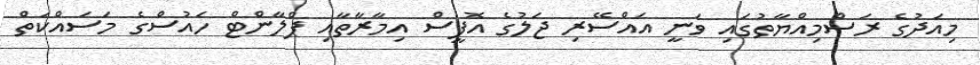
މިއަދުގެ ރަސްމިއްޔާތުގައި ވަނީ އައްސޭރި ޖަލުގެ އޮފީސް އިމާރާތާއި ޕްލާންޓް ހައުސްގެ މަސައްކަތް